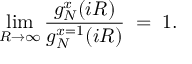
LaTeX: \operatorname * { l i m } _ { R \rightarrow \infty } { \frac { g _ { N } ^ { x } ( i R ) } { g _ { N } ^ { x = 1 } ( i R ) } } \; = \; 1 .